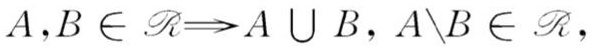
$A,B \in \mathscr{R}\Rightarrow A \cup B, A\setminus B \in \mathscr{R},$